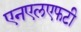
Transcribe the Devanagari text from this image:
एनएलएफटी